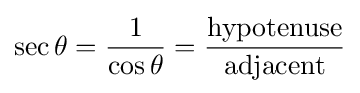
\sec \theta ={\frac {1}{\cos \theta }}={\frac {\mathrm {hypotenuse} }{\mathrm {adjacent} }}